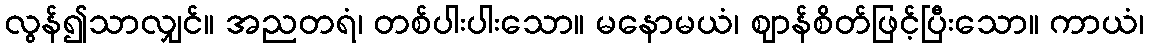
လွန်၍သာလျှင်။ အညတရံ၊ တစ်ပါးပါးသော။ မနောမယံ၊ ဈာန်စိတ်ဖြင့်ပြီးသော။ ကာယံ၊